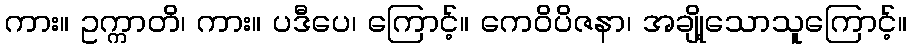
ကား။ ဥက္ကာတိ၊ ကား။ ပဒီပေ၊ ကြောင့်။ ကေဝိပိဇနာ၊ အချို့သောသူကြောင့်။